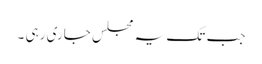
جب تک یہ مجلس جاری رہی ۔